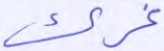
غرك